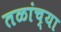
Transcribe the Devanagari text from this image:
तळांच्या